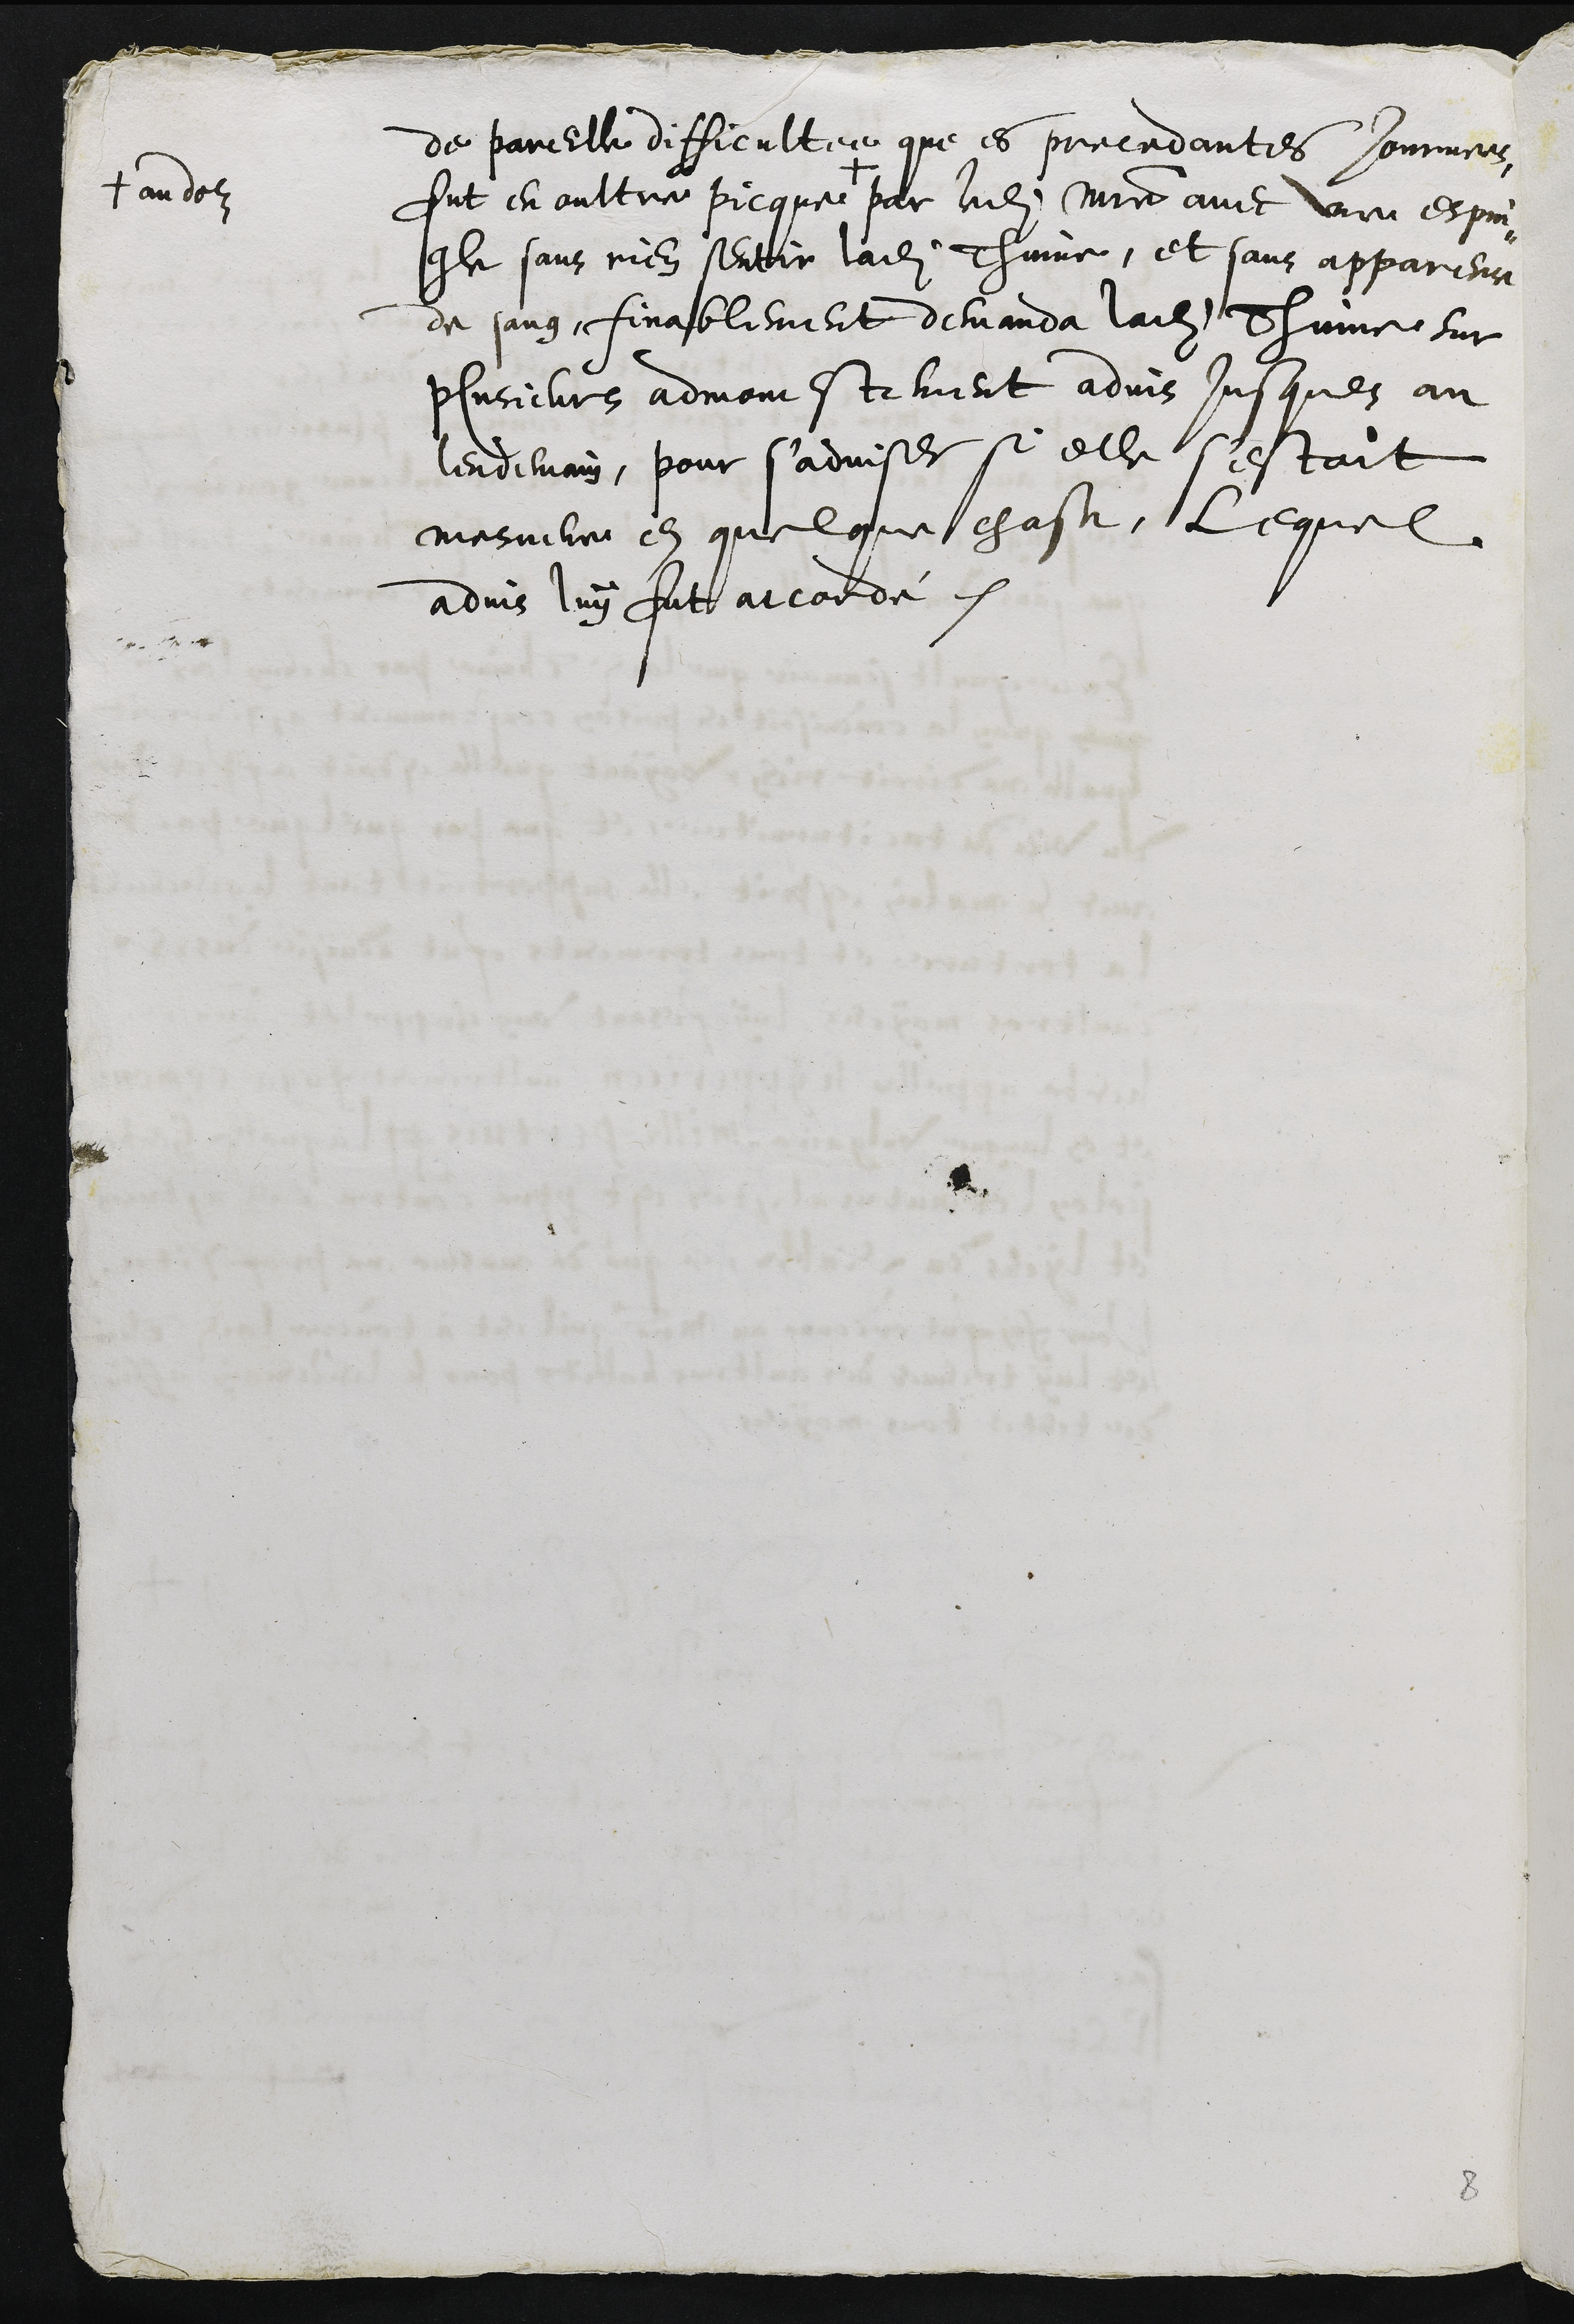
de pareille difficultée que es precedantes journees
fut en oultre picque
+ au doz
par ledit maistre avec une espin¬
gle sans rien sentir ladite Thinne, et sans apparence
de sang, finablement demanda ladite Thime, sur
plusieurs admonestement advis jusques au
lendemain, pour s'adviser si elle s'estoit
mesmere en quelque chose, lequel
advis luy fut accordé.

8